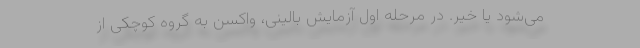
می‌شود یا خیر. در مرحله اول آزمایش بالینی، واکسن به گروه کوچکی از